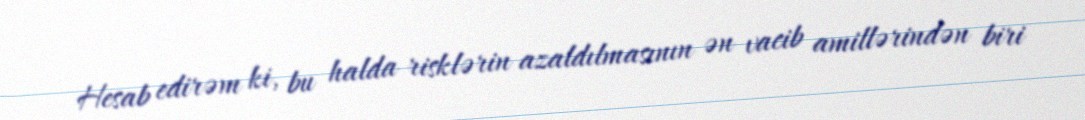
Hesab edirəm ki, bu halda risklərin azaldılmasının ən vacib amillərindən biri